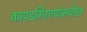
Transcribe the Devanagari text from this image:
कापडगिरण्यांमधील